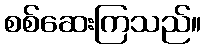
စစ်ဆေးကြသည်။